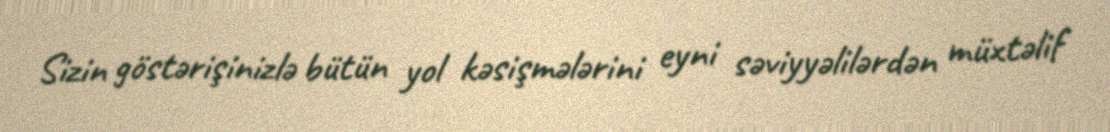
Sizin göstərişinizlə bütün yol kəsişmələrini eyni səviyyəlilərdən müxtəlif